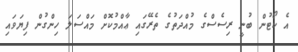
އެ ކޯޓުން ބުނީ ރިސެސްގެ މުއްދަތުގެ ތެރޭގައި ޢާއްމުކޮށް މައްސަލަ ހިންގުން ފިޔަވައި